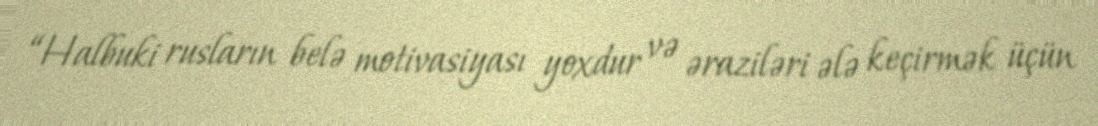
“Halbuki rusların belə motivasiyası yoxdur və əraziləri ələ keçirmək üçün